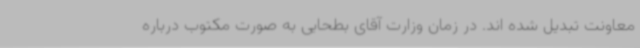
معاونت تبدیل شده اند. در زمان وزارت آقای بطحایی به صورت مکتوب درباره